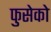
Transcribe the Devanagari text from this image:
फुसेको